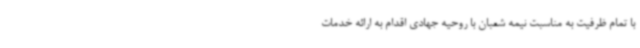
با تمام ظرفیت به مناسبت نیمه شعبان با روحیه جهادی اقدام به ارائه خدمات